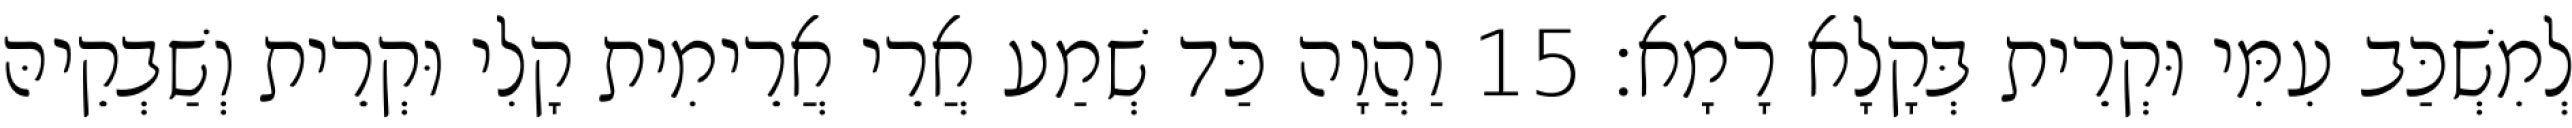
לְמִשְׁכַּב עִמִּי וּקְרֵית בְּקָלָא רָמָא׃ 15 וַהֲוָה כַּד שְׁמַע אֲרֵי אֲרֵימִית קָלִי וּקְרֵית וְשַׁבְקֵיהּ